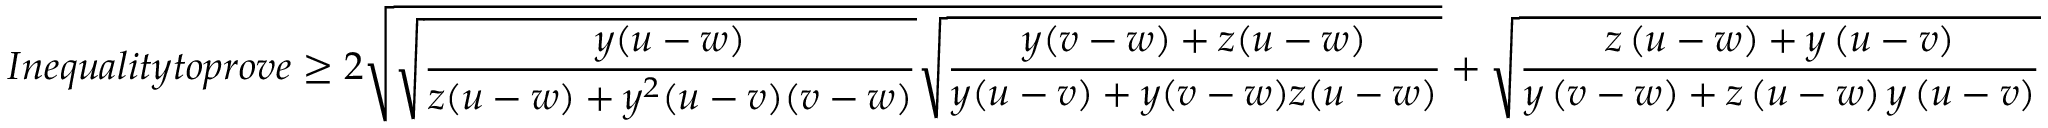
I n e q u a l i t y t o p r o v e \geq 2 \sqrt { \sqrt { \frac { y ( u - w ) } { z ( u - w ) + y ^ { 2 } ( u - v ) ( v - w ) } } \sqrt { \frac { y ( v - w ) + z ( u - w ) } { y ( u - v ) + y ( v - w ) z ( u - w ) } } } + \sqrt { \frac { z \left( u - w \right) + y \left( u - v \right) } { y \left( v - w \right) + z \left( u - w \right) y \left( u - v \right) } }